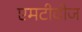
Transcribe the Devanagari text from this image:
एमटीवीज